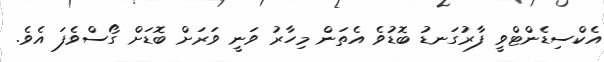
އެކްސިޑެންޓްވީ ފާރުގަނޑު ބޮޑުވެ އެތަން މިހާރު ވަނީ ވަރަށް ބޮޑަށް ގޯސްވެފަ އެވެ.